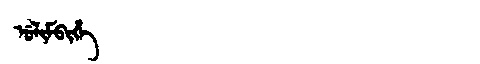
Manchu: ᡠᠯᡳᠮᠪᡳᡥᡝ
Romanization: ULIMBIHE